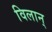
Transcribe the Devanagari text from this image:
विलान्